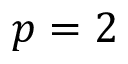
p = 2